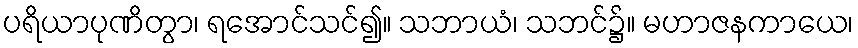
ပရိယာပုဏိတွာ၊ ရအောင်သင်၍။ သဘာယံ၊ သဘင်၌။ မဟာဇနကာယေ၊